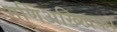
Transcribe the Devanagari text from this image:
मणिअख्खिका